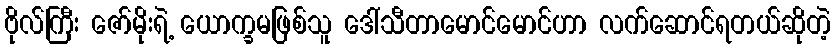
ဗိုလ်ကြီး ဇော်မိုးရဲ့ ယောက္ခမဖြစ်သူ ဒေါ်သီတာမောင်မောင်ဟာ လက်ဆောင်ရတယ်ဆိုတဲ့